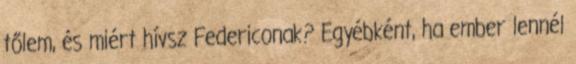
tőlem, és miért hívsz Federiconak? Egyébként, ha ember lennél